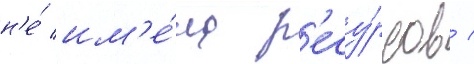
н'е́ им'е́ла р'есу́рсов /